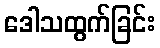
ဒေါသထွက်ခြင်း